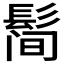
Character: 𱆀